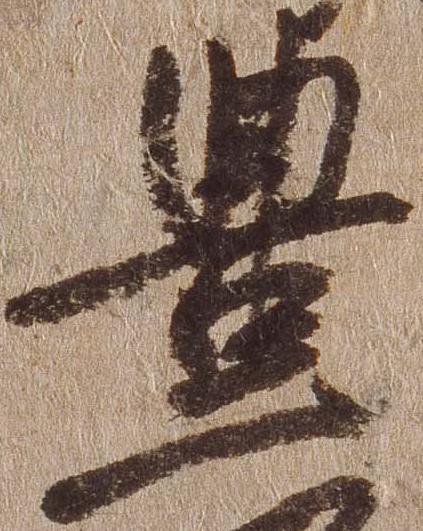
豊